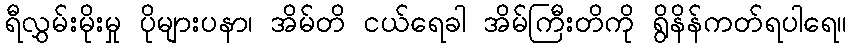
ရီလွှမ်းမိုးမှု ပိုများပနာ၊ အိမ်တိ ငယ်ရေခါ အိမ်ကြီးတိကို ရွိနိန်ကတ်ရပါရေ။